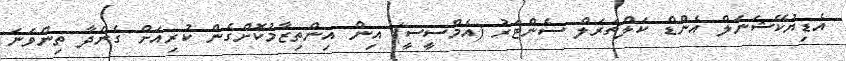
އެޑިޔުކޭޝަނަލް އެންޑް ކަލްޗަރަލް ސެންޓަރު (އެމްސީސީ) އިން އިންތިޒާމުކޮށްގެން ކުރިއަށް ގެންދާ ތިންވަނަ